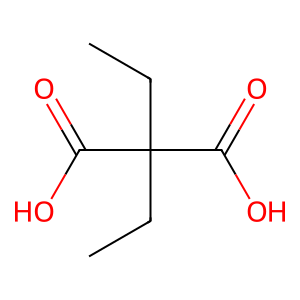
SMILES: CCC(CC)(C(=O)O)C(=O)O
Inhibits HIV replication: No